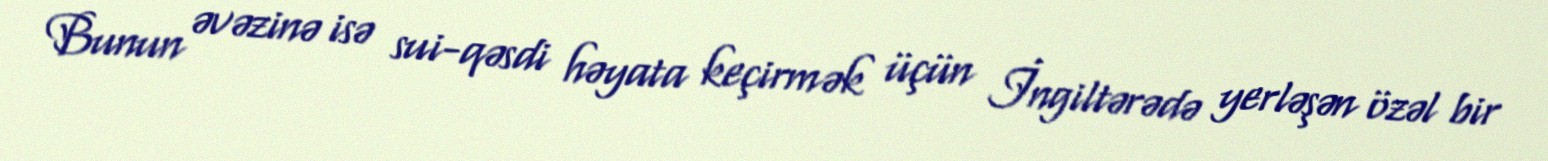
Bunun əvəzinə isə sui-qəsdi həyata keçirmək üçün İngiltərədə yerləşən özəl bir